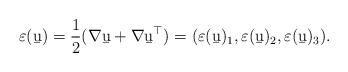
LaTeX: \begin{align*}\varepsilon (\b u)=\frac{1}{2}(\nabla \b u +\nabla \b u^\top)=(\varepsilon(\b u)_1,\varepsilon(\b u)_2,\varepsilon(\b u)_3).\end{align*}